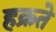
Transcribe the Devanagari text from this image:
हक्रते